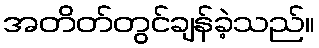
အတိတ်တွင်ချန်ခဲ့သည်။